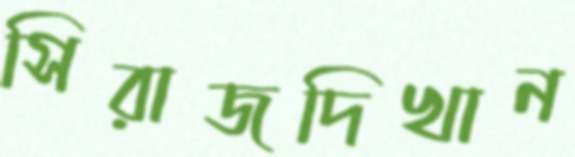
সিরাজদিখান